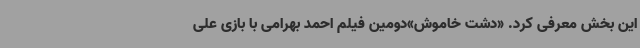
این بخش معرفی کرد. «دشت خاموش»دومین فیلم احمد بهرامی با بازی علی